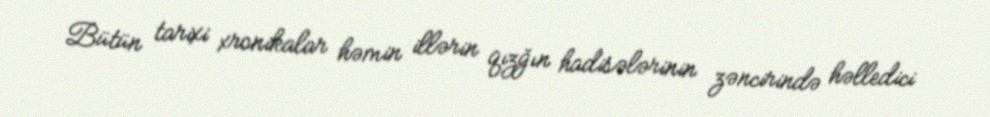
Bütün tarixi xronikalar həmin illərin qızğın hadisələrinin zəncirində həlledici